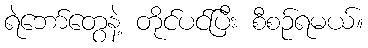
ရဲဘော်တွေနဲ့ တိုင်ပင်ပြီး စီစဉ်ရမယ်။